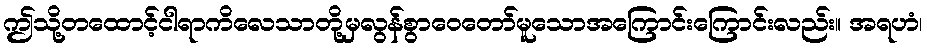
ဤသို့တထောင့်ငါရာကိလေသာတို့မှလွန်စွာဝေတော်မူသောအကြောင်းကြောင်းလည်း။ အရဟံ၊